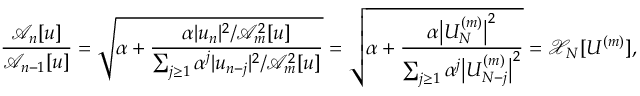
\frac { \mathcal { A } _ { n } [ u ] } { \mathcal { A } _ { n - 1 } [ u ] } = \sqrt { \alpha + \frac { \alpha | u _ { n } | ^ { 2 } / \mathcal { A } _ { m } ^ { 2 } [ u ] } { \sum _ { j \ge 1 } \alpha ^ { j } | u _ { n - j } | ^ { 2 } / \mathcal { A } _ { m } ^ { 2 } [ u ] } } = \sqrt { \alpha + \frac { \alpha \big | U _ { N } ^ { ( m ) } \big | ^ { 2 } } { \sum _ { j \ge 1 } { \alpha ^ { j } \big | U _ { N - j } ^ { ( m ) } \big | ^ { 2 } } } } = \mathcal { X } _ { N } [ U ^ { ( m ) } ] ,